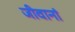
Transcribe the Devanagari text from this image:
जीवानां